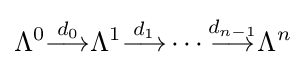
\Lambda ^{0}{\stackrel {d_{0}}{\longrightarrow }}\Lambda ^{1}{\stackrel {d_{1}}{\longrightarrow }}\cdots {\stackrel {d_{n-1}}{\longrightarrow }}\Lambda ^{n}